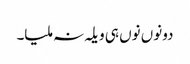
دونوں نوں ہی ویلہ نہ ملیا۔